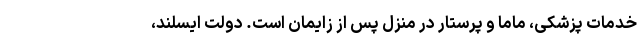
خدمات پزشکی، ماما و پرستار در منزل پس از زایمان است. دولت ایسلند،